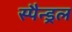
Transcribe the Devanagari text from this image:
स्पैन्ड्रल